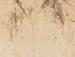
口